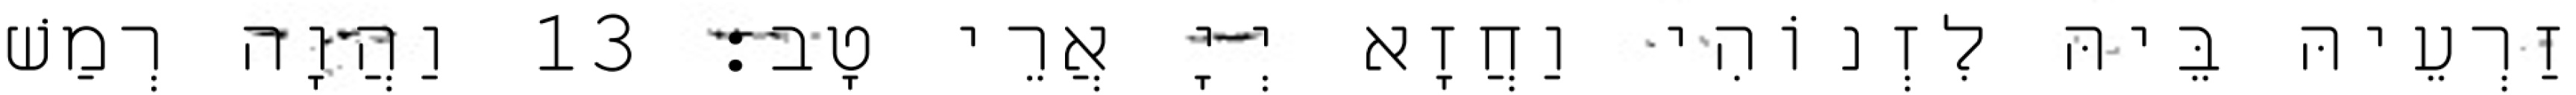
זַרְעֵיהּ בֵּיהּ לִזְנוֹהִי וַחֲזָא יְיָ אֲרֵי טָב׃ 13 וַהֲוָה רְמַשׁ